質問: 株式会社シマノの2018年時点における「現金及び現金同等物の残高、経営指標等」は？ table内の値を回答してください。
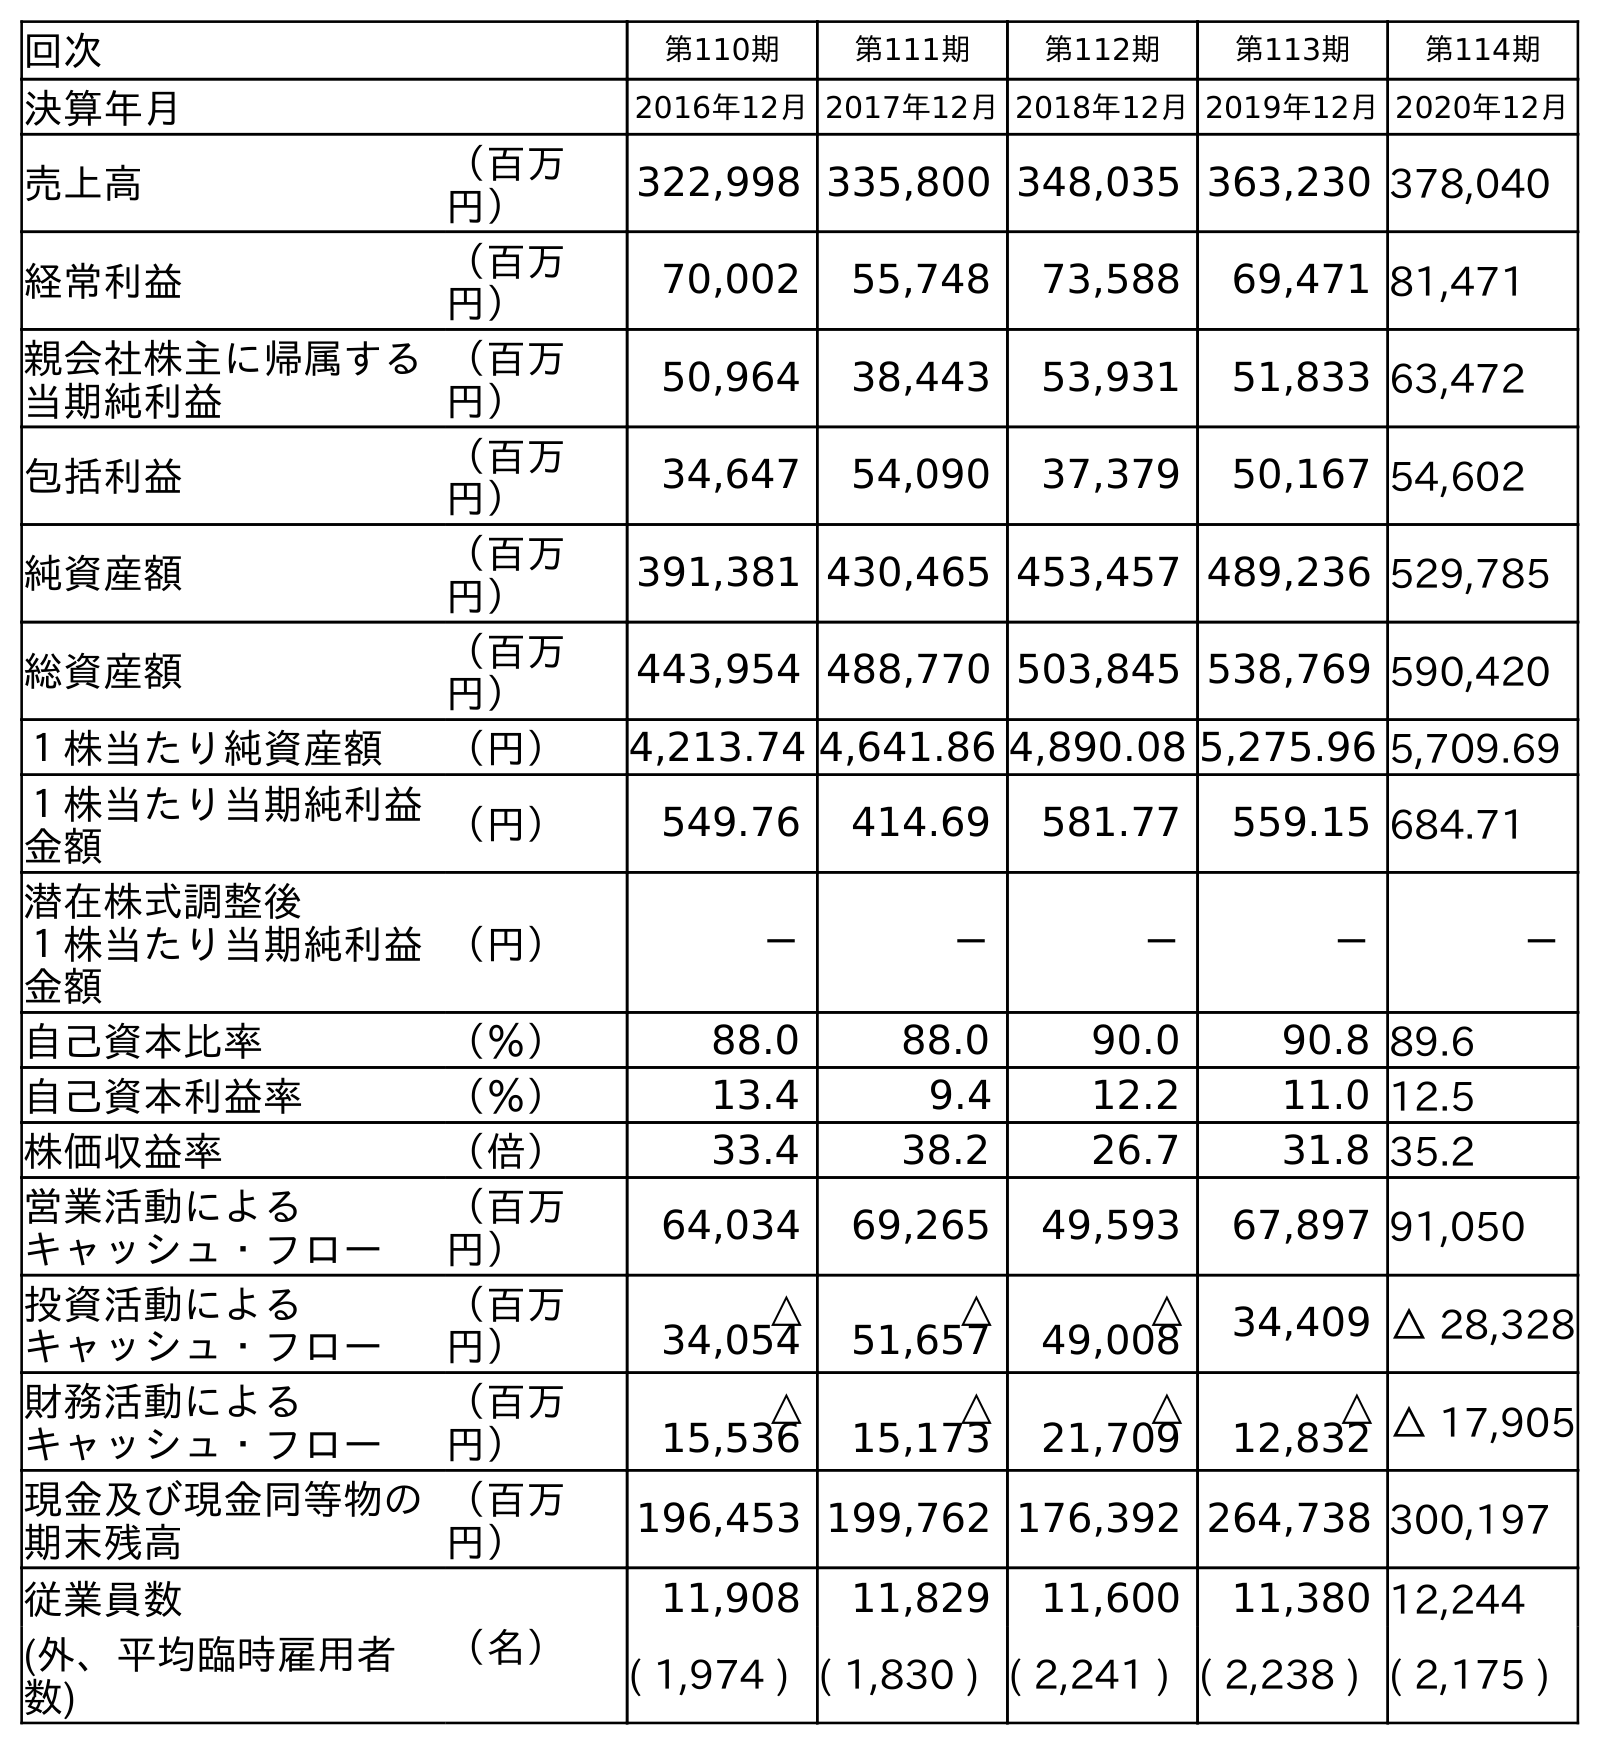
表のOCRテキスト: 回次 第110期 第111期 第112期 第113期 第114期 決算年月 2016年12月2017年12月2018年12月2019年12月2020年12月 売上高 （百万 円） 322,998 335,800 348,035 363,230 378,040 経常利益 （百万 円） 70,002 55,748 73,588 69,471 81,471 親会社株主に帰属する 当期純利益 （百万 円） 50,964 38,443 53,931 51,833 63,472 包括利益 （百万 円） 34,647 54,090 37,379 50,167 54,602 純資産額 （百万 円） 391,381 430,465 453,457 489,236 529,785 総資産額 （百万 円） 443,954 488,770 503,845 538,769 590,420 １株当たり純資産額 （円） 4,213.74 4,641.86 4,890.08 5,275.96 5,709.69 １株当たり当期純利益 金額 （円） 549.76 414.69 581.77 559.15 684.71 潜在株式調整後 １株当たり当期純利益 金額 （円） － － － － － 自己資本比率 （％） 88.0 88.0 90.0 90.8 89.6 自己資本利益率 （％） 13.4 9.4 12.2 11.0 12.5 株価収益率 （倍） 33.4 38.2 26.7 31.8 35.2 営業活動による キャッシュ・フロー （百万 円） 64,034 69,265 49,593 67,897 91,050 投資活動による キャッシュ・フロー （百万 円） △ 34,054 △ 51,657 △ 49,008 34,409 △ 28,328 財務活動による キャッシュ・フロー （百万 円） △ 15,536 △ 15,173 △ 21,709 △ 12,832 △ 17,905 現金及び現金同等物の 期末残高 （百万 円） 196,453 199,762 176,392 264,738 300,197 従業員数 （名） 11,908 11,829 11,600 11,380 12,244 (外、平均臨時雇用者 数) ( 1,974 ) ( 1,830 ) ( 2,241 ) ( 2,238 ) ( 2,175 )
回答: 176,392